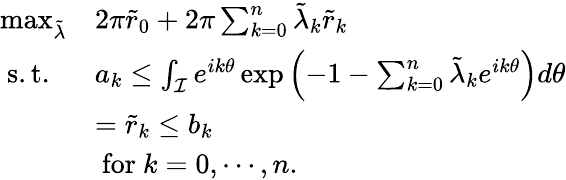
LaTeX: \begin{array}{ll}{\operatorname*{max}_{\tilde{\lambda}}}&{2\pi\tilde{r}_{0}+2\pi\sum_{k=0}^{n}\tilde{\lambda}_{k}\tilde{r}_{k}}\\ {\mathrm{~s.t.~}}&{a_{k}\leq\int_{\mathcal{I}}e^{ik\theta}\exp\left(-1-\sum_{k=0}^{n}\tilde{\lambda}_{k}e^{ik\theta}\right)d\theta}\\ &{=\tilde{r}_{k}\leq b_{k}}\\ &{\mathrm{~for~}k=0,\cdots,n.}\end{array}